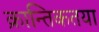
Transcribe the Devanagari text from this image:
क्रान्तिकतया